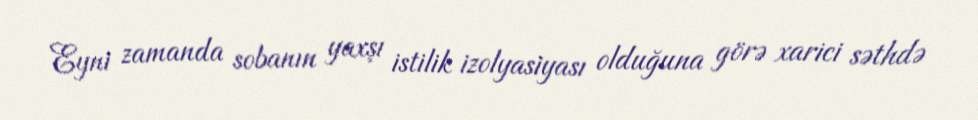
Eyni zamanda sobanın yaxşı istilik izolyasiyası olduğuna görə xarici səthdə